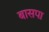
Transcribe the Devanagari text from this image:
बासपा